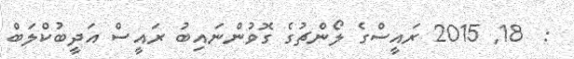
:  18